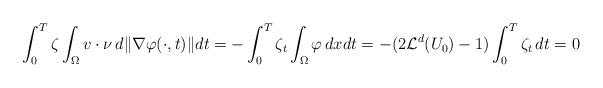
LaTeX: \begin{align*}\int _0 ^T \zeta \int_{\Omega} v \cdot \nu \, d\|\nabla \varphi (\cdot, t) \| dt=-\int _0 ^T \zeta _t \int_{\Omega} \varphi \, dxdt = -(2\mathcal{L}^d (U_0) -1) \int _0 ^T \zeta _t \, dt=0 \end{align*}